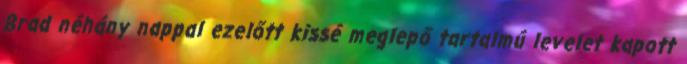
Brad néhány nappal ezelőtt kissé meglepő tartalmú levelet kapott